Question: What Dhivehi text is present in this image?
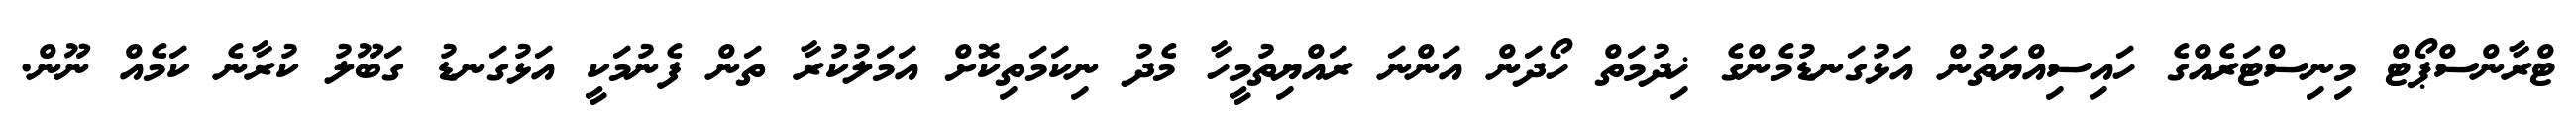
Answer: ޓްރާންސްޕޯޓް މިނިސްޓަރެއްގެ ހައިސިއްޔަތުން އަޅުގަނޑުމެންގެ ޚިދުމަތް ހޯދަން އަންނަ ރައްޔިތުމީހާ މެދު ނިކަމަތިކޮށް އަމަލުކުރާ ތަން ފެނުމަކީ އަޅުގަނޑު ގަބޫލު ކުރާނެ ކަމެއް ނޫން.